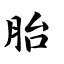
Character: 胎